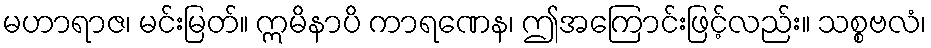
မဟာရာဇ၊ မင်းမြတ်။ ဣမိနာပိ ကာရဏေန၊ ဤအကြောင်းဖြင့်လည်း။ သစ္စဗလံ၊